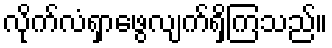
လိုက်လံရှာဖွေလျက်ရှိကြသည်။